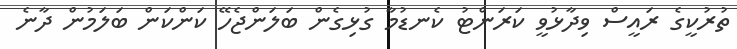
ތުރުކީގެ ރައީސް ވިދާޅުވީ ކަރަންޓު ކެނޑުމާ ގުޅިގެން ބަލަންޖެހޭ ކަންކަން ބަލަމުން ދާނެ